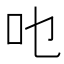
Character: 𱑿